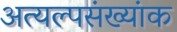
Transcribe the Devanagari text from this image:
अत्यल्पसंख्यांक